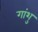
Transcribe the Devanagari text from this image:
गांशु